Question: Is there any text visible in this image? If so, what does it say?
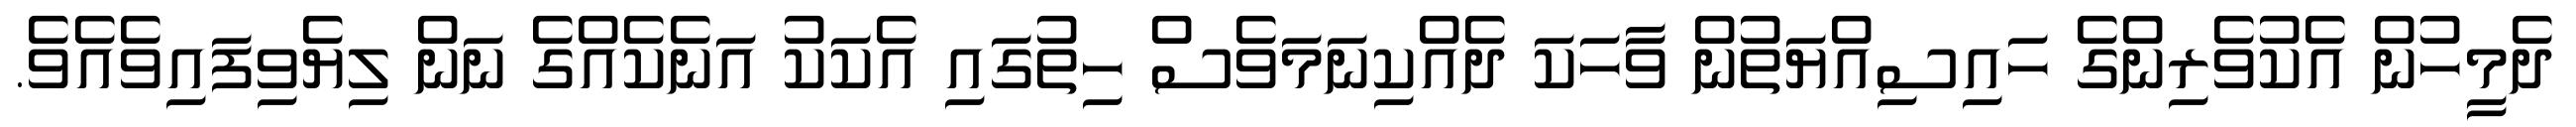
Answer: ދެމީހުން އެކުވެރިންގެ ހައިސިއްޔަތުން ވާހަކަ ދެއްކިނަމަވެސް ހިތުގައި އެކަކު އަނެކެއްގެ ނަން ލިޔެވިފައިވެއެވެ.